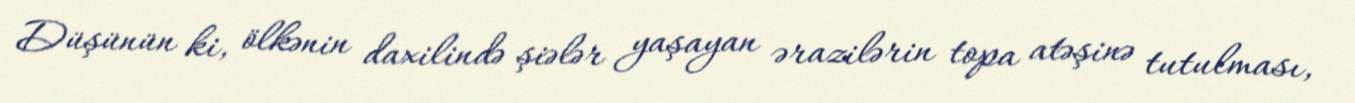
Düşünün ki, ölkənin daxilində şiələr yaşayan ərazilərin topa atəşinə tutulması,